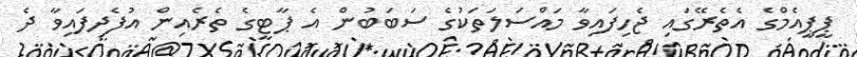
ޕީޕީއެމްގެ އެތެރޭގައި ޖެހިފައިވާ މައްސަލަތަކުގެ ސަބަބުން އެ ޕާޓީގެ ތެެރެއިން އުފެދިފައިވާ ދެ